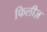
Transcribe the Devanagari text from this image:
फिलीज़